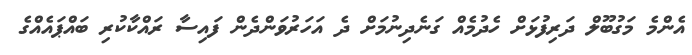
އެންމެ މަގުބޫލް ދަރިފުޅަށް ހެދުމެއް ގަނެދިނުމަށް ދެ އަހަރުވަންދެން ފައިސާ ރައްކާކުރި ބައްޕައެއްގެ